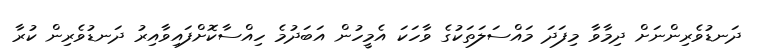
ދަނޑުވެރިންނަށް ދިމާވާ މިފަދަ މައްސަލަތަކުގެ ވާހަކަ އެމީހުން އަބަދުމެ ހިއްސާކޮށްފައިވާއިރު ދަނޑުވެރިން ކުރާ